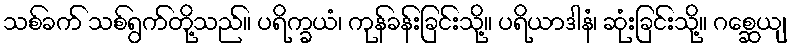
သစ်ခက် သစ်ရွက်တို့သည်။ ပရိက္ခယံ၊ ကုန်ခန်းခြင်းသို့။ ပရိယာဒါနံ၊ ဆုံးခြင်းသို့။ ဂစ္ဆေယျ